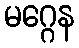
မဂ္ဂေန